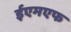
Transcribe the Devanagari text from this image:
ईएमएफ